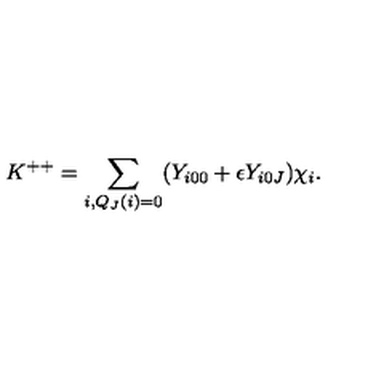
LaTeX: K ^ { + + } = \sum _ { i , Q _ { J } ( i ) = 0 } ( { Y } _ { i 0 0 } + \epsilon { Y } _ { i 0 J } ) { { \chi } } _ { i } .